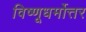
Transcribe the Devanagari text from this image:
विष्णूधर्मोत्तर